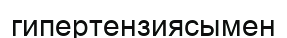
гипертензиясымен